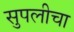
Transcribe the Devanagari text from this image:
सुपलीचा